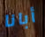
أبانا